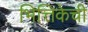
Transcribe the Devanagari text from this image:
भित्तिकेची